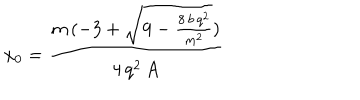
x _ { 0 } = \frac { m \, ( - 3 + \sqrt { 9 - \frac { 8 \, b \, q ^ { 2 } } { m ^ { 2 } } } ) } { 4 \, q ^ { 2 } \, A }